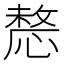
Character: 𢟤